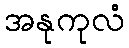
အနုကုလံ